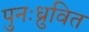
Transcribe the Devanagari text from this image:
पुनःध्रुवित